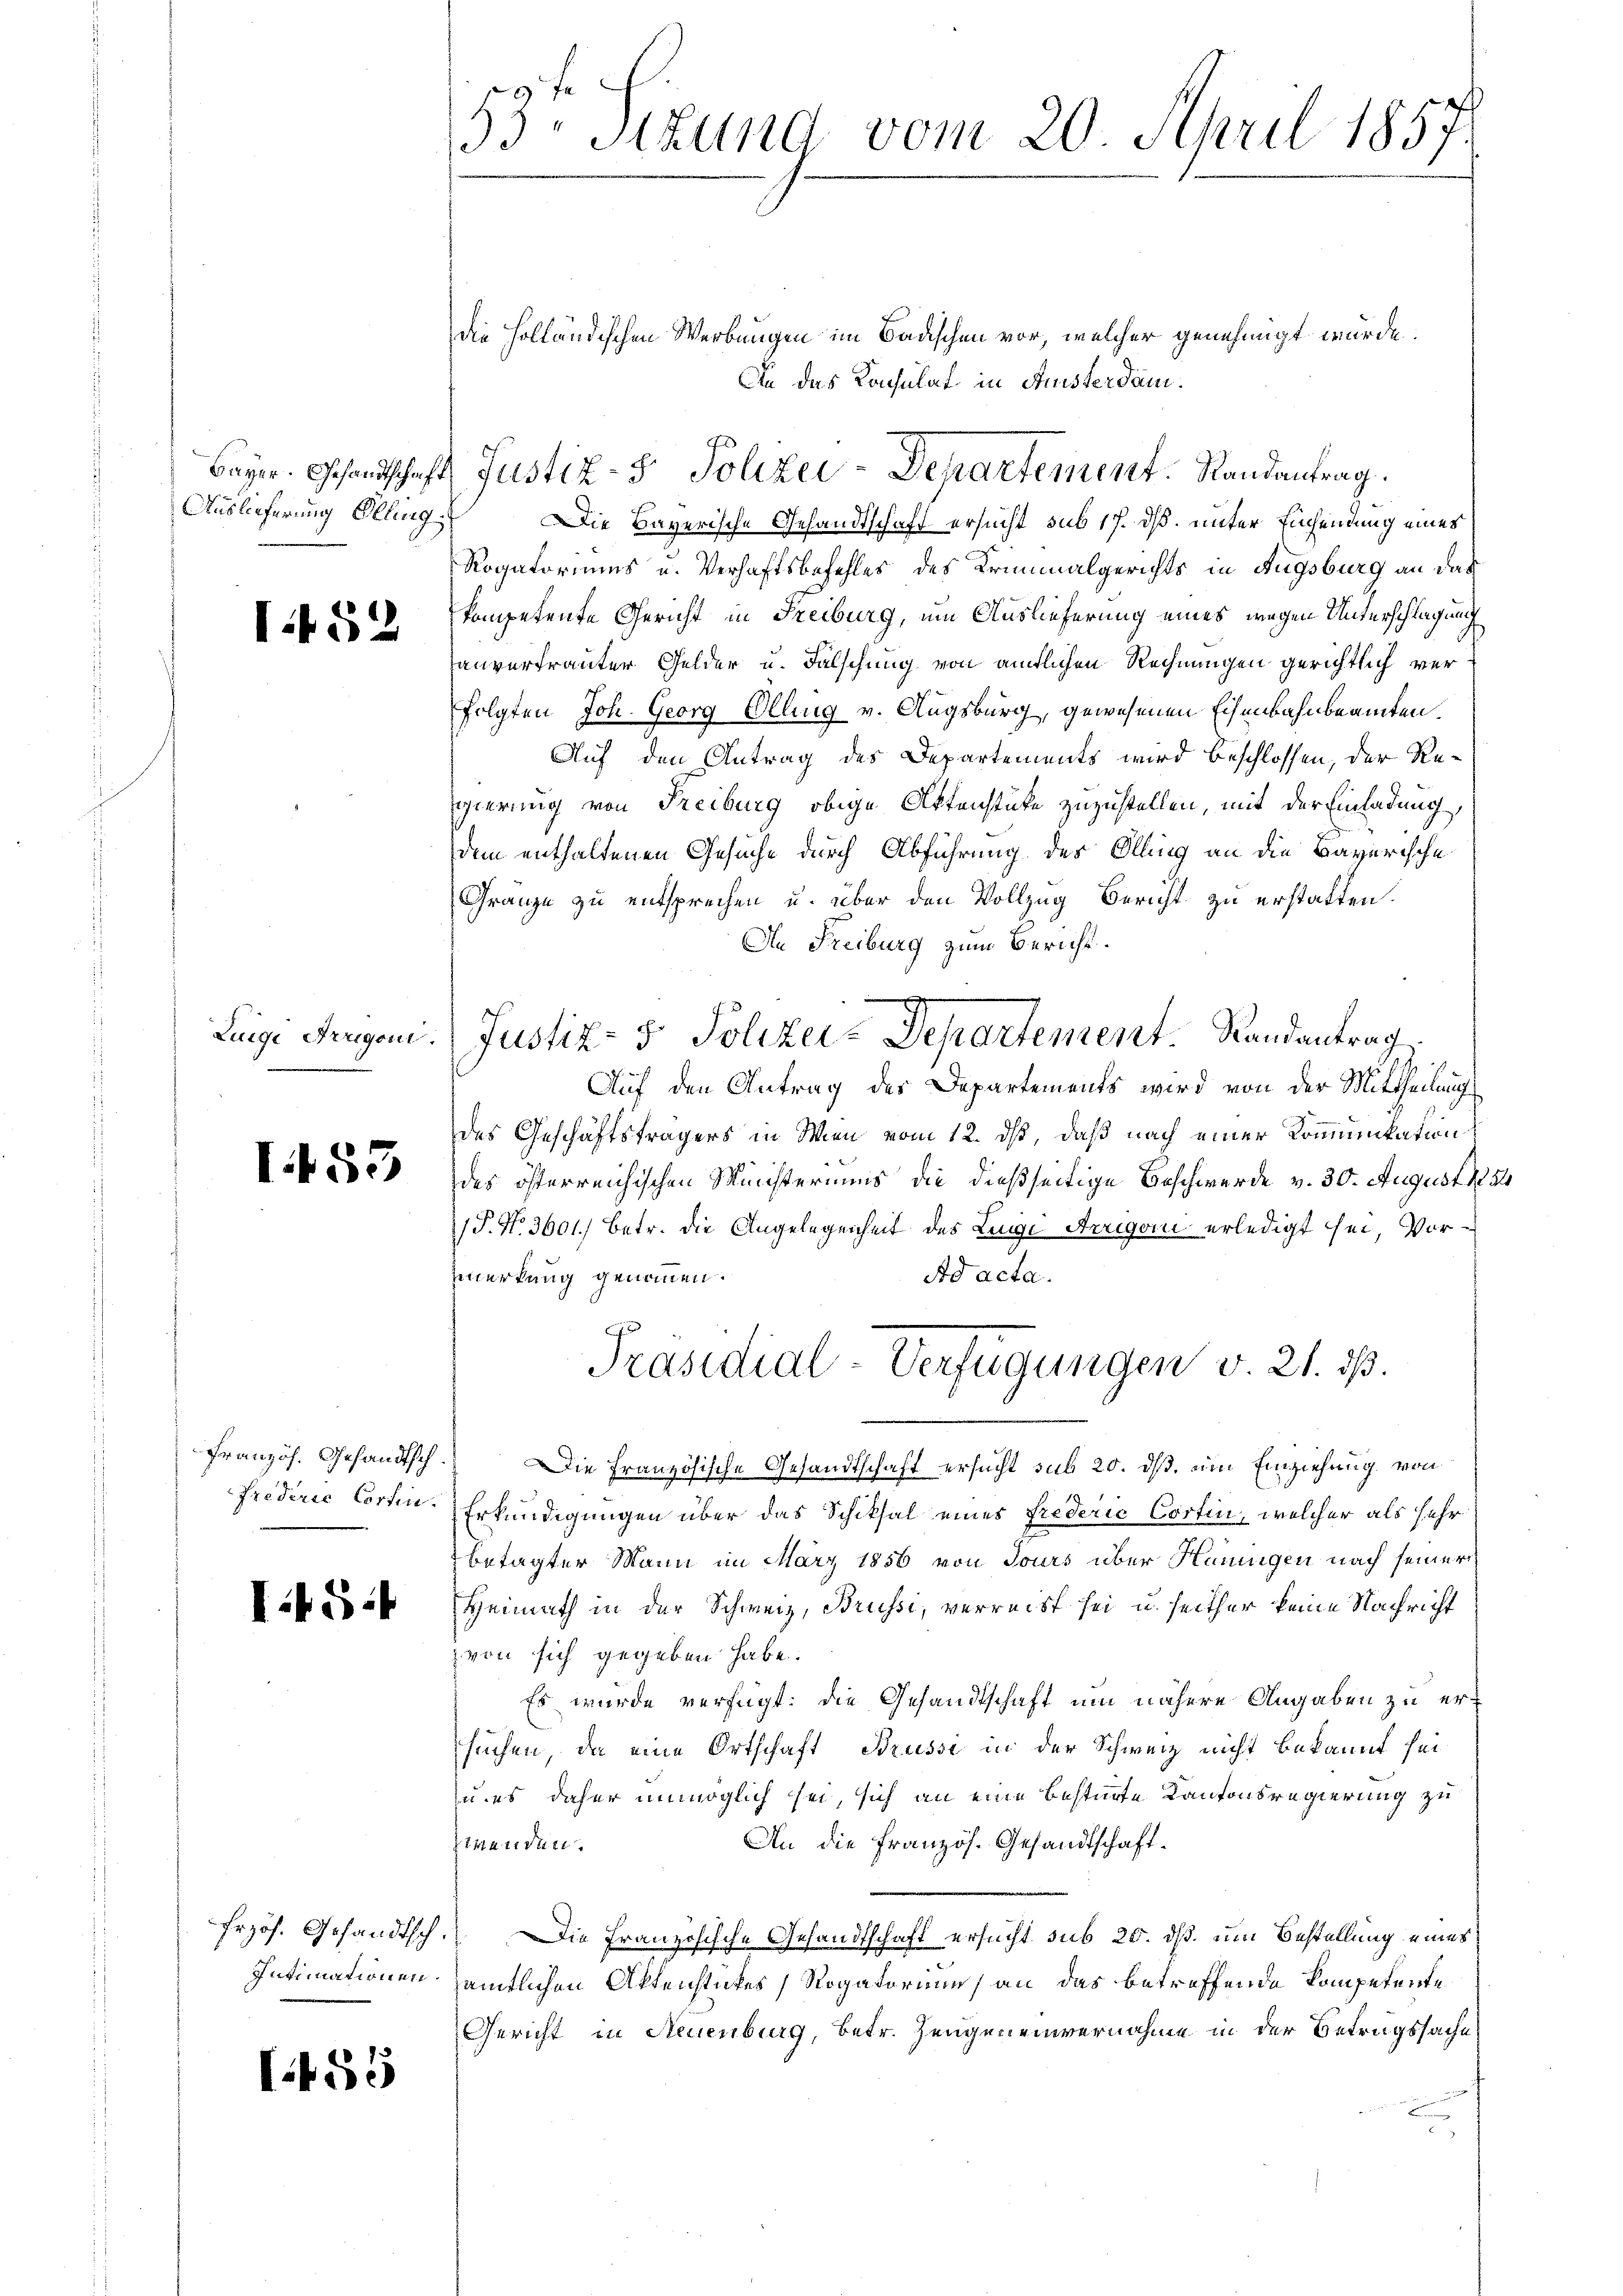
52

Zuige Arrigoni.

I55

Prediric Contin.

IS.

455

53 sizung vom 20. April 1857.

die Holländischen Werbungen im Badischen vor, welcher genehmigt würde.
An das Konsulat in Ansterdam.
Auslieferung Ölling. Die Bayerische Gesandtschaft ersucht sub 17. dß. unter Eisendung eines
Rogatoriums u. Verhaftsbefehles des Kriminalgerichts in Augsburg an das
kompetente Gericht in Freiburg, um Auslieferung eines wegen Unterschlagung
anvertrauter Gelder u. Falschung von amtlichen Rechnungen gerichtlich verfolgten Joh. Georg Olling v. Augsburg, gewesenen Eisenbahnbeamten,
Auf den Antrag des Departements wird beschlossen, der Regierung von Freiburg obige Aktenstüke zuzustellen, mit der Einladung,
dem enthaltenen Gesuche durch Abführung des Olling an die Bayerische
Gränze zu entsprechen u. über den Vollzug Bericht zu erstatten.
An Freiburg zum Bericht.
Justiz- & Polizei-Departement. Landantrag.
Auf den Antrag des Departements wird von der Mittheilung
des Geschäftsträgers in Wien vom 12. ds, daß nach einer Kommunikation
des österreichischen Ministeriums die dießseitige Beschwerde v. 30. August 185
P. Nr. 3601.) Betr. die Angelegenheit des Luige Arrigen erledigt sei, Vor-
Ad acta.
zmerkung genommen.
Präsidial-Verfügungen v. 21. ds.
Französ. Gesandtsch. Die Französische Gesandtschaft ersucht sub 20. ds. ein Einziehung von
Erkundigungen über das Schiksal eines Frederić Cortin, welcher als sehr
betagter Mann im März 1856 von Jours über Hannigen nach seiner
Heimath in der Schweiz, Brussi, verreist sei u. seither keine Nachricht
von sich gegeben habe.
Es wurde verfügt: die Gesandtschaft um nähere Angaben zu ersuchen, da eine Ortschaft Brussi in der Schweiz nicht bekannt sei
u. es daher unmöglich sei, sich an eine bestirte Kantonsregierung zu
An die französ. Gesandtschaft.
zwenden.
frzös. Gesandtsch. Die Französische Gesandtschaft ersucht sub 20. dß. um Bestellung eines
Intimationen sämtlichen Aktenstückes Rogatorium) an das betreffende Kompetente
Gericht in Neuenburg, betr. Zeugeneinvernahme in der Betrugssache

Bayer. Gesandtschaft, Justiz- & Polizei-Departement. Randantrag.